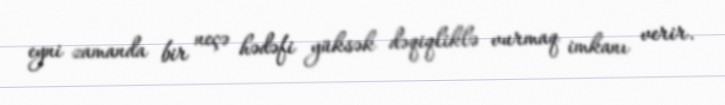
eyni zamanda bir neçə hədəfi yüksək dəqiqliklə vurmaq imkanı verir.